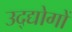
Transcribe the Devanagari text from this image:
उद्द्योगों